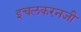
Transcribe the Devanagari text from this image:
इचलकरनजी